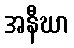
အနီဃာ